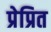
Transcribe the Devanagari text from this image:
प्रेप्रित